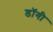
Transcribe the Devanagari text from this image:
डॉगी